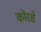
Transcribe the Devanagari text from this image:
कोरसे